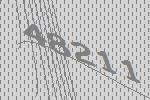
48211